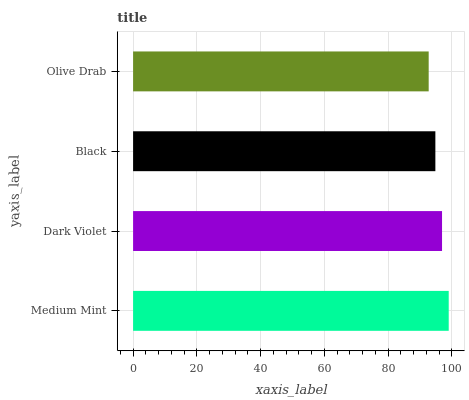
| yaxis_label | bars |
 | --- | --- |
 | Medium Mint | 99 |
 | Dark Violet | 96.9 |
 | Black | 94.8 |
 | Olive Drab | 92.7 |